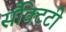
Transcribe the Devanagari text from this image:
सैंक्टिटी